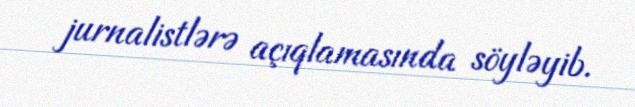
jurnalistlərə açıqlamasında söyləyib.